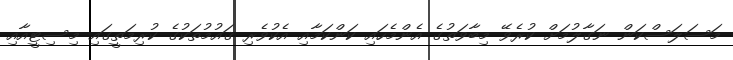
މަސަލަސްކަން ނަގާލުމަށް ކުރެވޭ މިބާވަތުގެ އެންމެހައި ކަންކަމާއި އެކުވެރި ޤައުމުތަކުގެ ކުރިމަތީގައި މިސިޓީއާއި